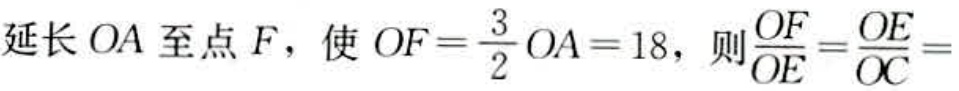
延长 \(OA\) 至点 \(F\)，使 \(OF = \frac{3}{2}OA = 18\)，则 \(\frac{OF}{OE}=\frac{OE}{OC}=\)